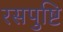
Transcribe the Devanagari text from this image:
रसपुष्टि